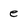
Character: e